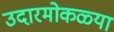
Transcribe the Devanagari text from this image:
उदारमोकळ्या